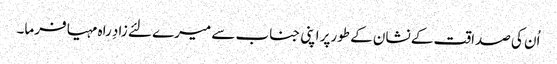
اُن کی صداقت کے نشان کے طورپر اپنی جناب سے میرے لئے زادِ راہ مہیا فرما۔